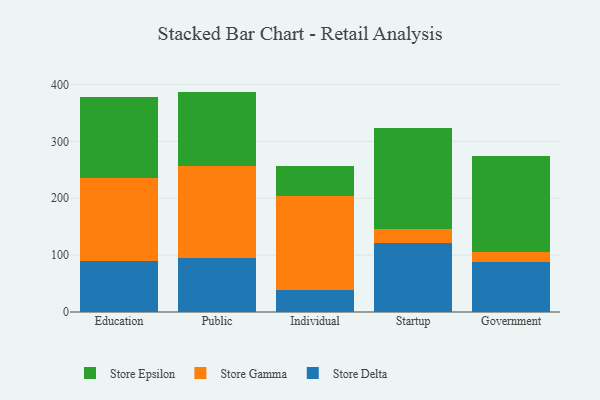
{"axis": {"x": "Segment", "y": "Customer Acquisition Cost (USD)"}, "legend": ["Store Delta", "Store Epsilon", "Store Gamma"], "data": [{"x": "Education", "y": 90.5, "type": "Store Delta"}, {"x": "Education", "y": 144.4, "type": "Store Gamma"}, {"x": "Education", "y": 142.7, "type": "Store Epsilon"}, {"x": "Public", "y": 94.9, "type": "Store Delta"}, {"x": "Public", "y": 162.4, "type": "Store Gamma"}, {"x": "Public", "y": 130.2, "type": "Store Epsilon"}, {"x": "Individual", "y": 39.3, "type": "Store Delta"}, {"x": "Individual", "y": 165.0, "type": "Store Gamma"}, {"x": "Individual", "y": 53.1, "type": "Store Epsilon"}, {"x": "Startup", "y": 120.5, "type": "Store Delta"}, {"x": "Startup", "y": 26.3, "type": "Store Gamma"}, {"x": "Startup", "y": 176.8, "type": "Store Epsilon"}, {"x": "Government", "y": 87.1, "type": "Store Delta"}, {"x": "Government", "y": 18.7, "type": "Store Gamma"}, {"x": "Government", "y": 168.7, "type": "Store Epsilon"}]}